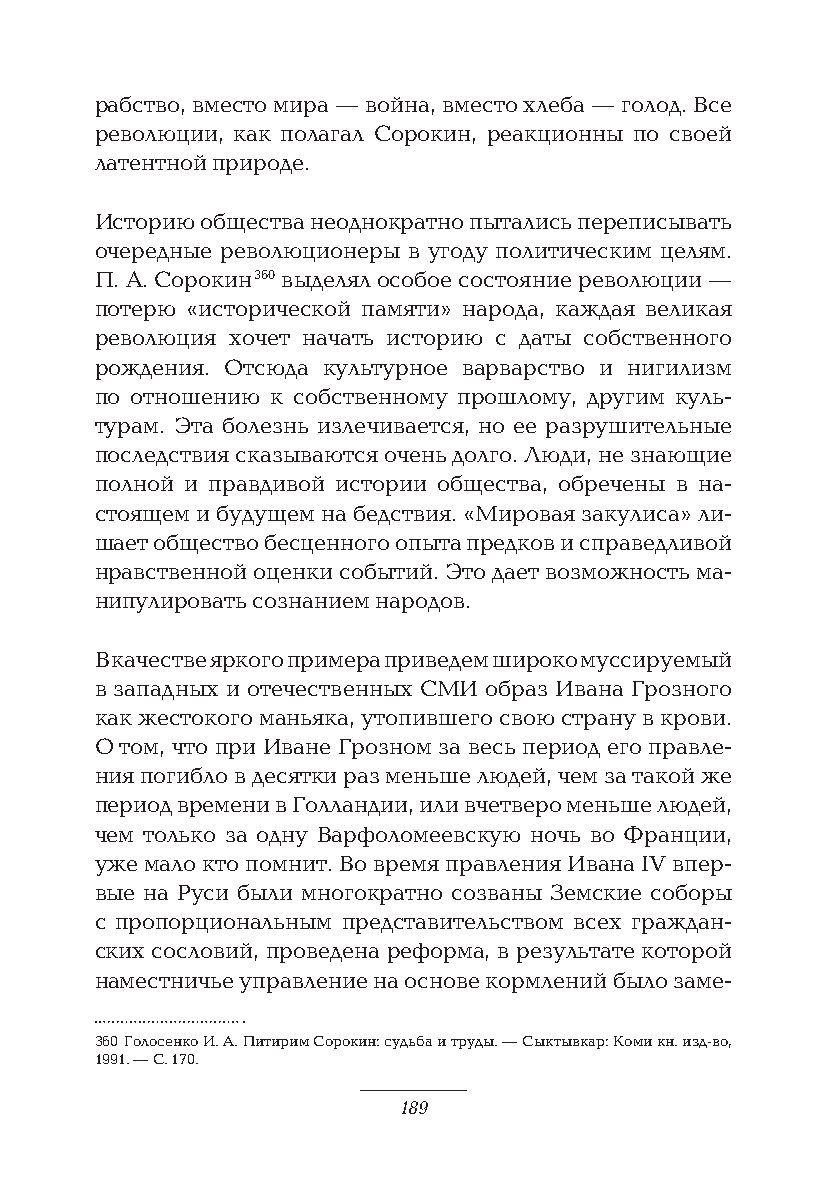
рабство, вместо мира — война, вместо хлеба — голод. Все
 революции, как полагал Сорокин, реакционны по своей
 латентной природе.
 Историю общества неоднократно пытались переписывать
 очередные революционеры в угоду политическим целям.
 П. А. Сорокин 360 выделял особое состояние революции —
 потерю «исторической памяти» народа, каждая великая
 революция хочет начать историю с даты собственного
 рождения. Отсюда культурное варварство и нигилизм
 по отношению к собственному прошлому, другим куль-
 турам. Эта болезнь излечивается, но ее разрушительные
 последствия сказываются очень долго. Люди, не знающие
 полной и правдивой истории общества, обречены в на-
 стоящем и будущем на бедствия. «Мировая закулиса» ли-
 шает общество бесценного опыта предков и справедливой
 нравственной оценки событий. Это дает возможность ма-
 нипулировать сознанием народов.
 В качестве яркого примера приведем широко муссируемый
 в западных и отечественных СМИ образ Ивана Грозного
 как жестокого маньяка, утопившего свою страну в крови.
 О том, что при Иване Грозном за весь период его правле-
 ния погибло в десятки раз меньше людей, чем за такой же
 период времени в Голландии, или вчетверо меньше людей,
 чем только за одну Варфоломеевскую ночь во Франции,
 уже мало кто помнит. Во время правления Ивана IV впер-
 вые на Руси были многократно созваны Земские соборы
 с пропорциональным представительством всех граждан-
 ских сословий, проведена реформа, в результате которой
 наместничье управление на основе кормлений было заме-
 360 Голосенко И. А. Питирим Сорокин: судьба и труды. — Сыктывкар: Коми кн. изд-во,
 1991. — С. 170.
 189